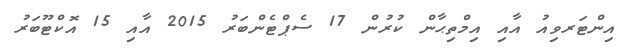
އިންޓަރވިއު އާއި އިމްތިޙާން ކުރުން 17 ސެޕްޓެންބަރު 2015 އާއި 15 އޮކްޓޫބަރު